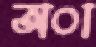
অা